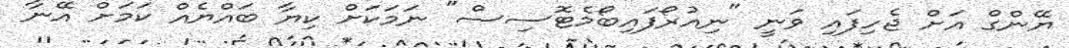
ޔޭންގް އަށް ޖެހިފައި ވަނީ "ނިއުރޯފައިބޯމެޓޮސިސް" ނަމަކަށް ކިޔާ ބައްޔެއް ކަމަށް އޭނާ